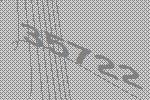
35722